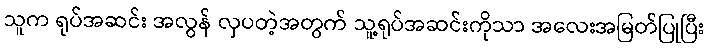
သူက ရုပ်အဆင်း အလွန် လှပတဲ့အတွက် သူ့ရုပ်အဆင်းကိုသာ အလေးအမြတ်ပြုပြီး